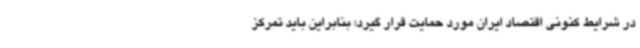
در شرایط کنونی اقتصاد ایران مورد حمایت قرار گیرد؛ بنابراین باید تمرکز